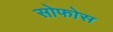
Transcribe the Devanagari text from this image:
सोफोस